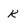
Character: k